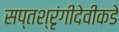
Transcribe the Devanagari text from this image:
सप्तश्रृंगीदेवीकडे